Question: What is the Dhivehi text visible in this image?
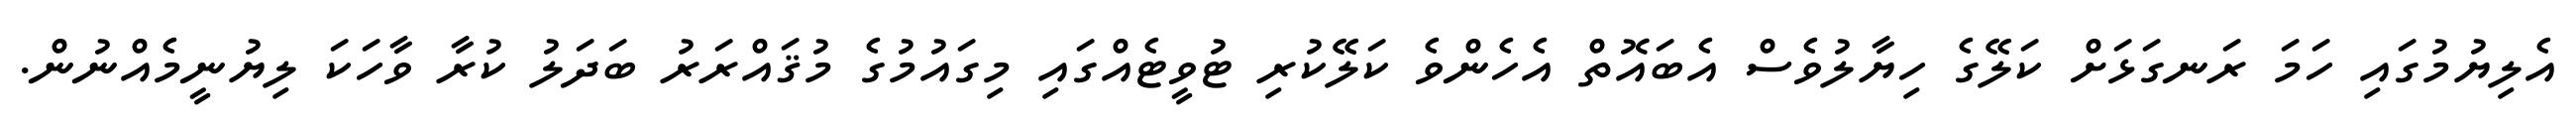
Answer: އެލިޔުމުގައި ހަމަ ރަނގަޅަށް ކަލޭގެ ހިޔާލުވެސް އެބައޮތް އެހެންވެ ކަލޭކުރި ޓުވީޓެއްގައި މިގައުމުގެ މުޤައްރަރު ބަދަލު ކުރާ ވާހަކަ ލިޔުނީމެއްނުން.